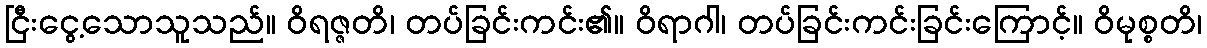
ငြီးငွေ့သောသူသည်။ ဝိရဇ္ဇတိ၊ တပ်ခြင်းကင်း၏။ ဝိရာဂါ၊ တပ်ခြင်းကင်းခြင်းကြောင့်။ ဝိမုစ္စတိ၊